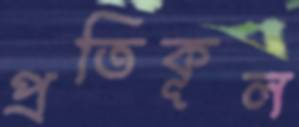
প্রতিকূল